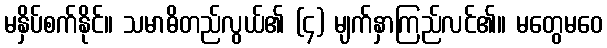
မနှိပ်စက်နိုင်။ သမာဓိတည်လွယ်၏ (၄) မျက်နှာကြည်လင်၏။ မတွေမဝေ